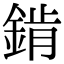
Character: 錹